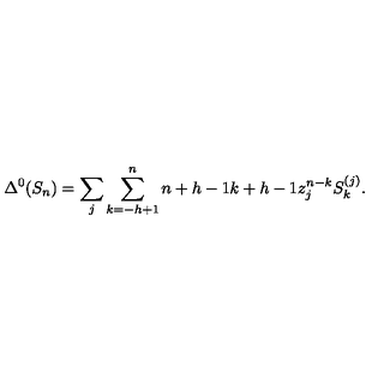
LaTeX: \Delta ^ { 0 } ( S _ { n } ) = \sum _ { j } \sum _ { k = - h + 1 } ^ { n } { \binom { n + h - 1 } { k + h - 1 } } z _ { j } ^ { n - k } S _ { k } ^ { ( j ) } .